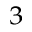
^ { 3 }